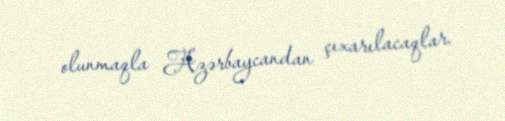
olunmaqla Azərbaycandan çıxarılacaqlar.